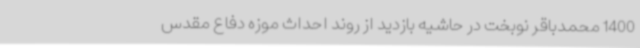
1400 محمدباقر نوبخت در حاشیه بازدید از روند احداث موزه دفاع مقدس